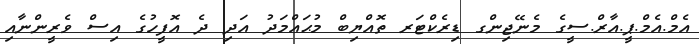
އެމް.އެމް.ޕީ.އާރް.ސީގެ މެނޭޖިންގ ޑިރެކްޓަރ ތޮއްޔިބް މުޙައްމަދު އަދި ދެ އޮފީހުގެ އިސް ވެރީންނާއި